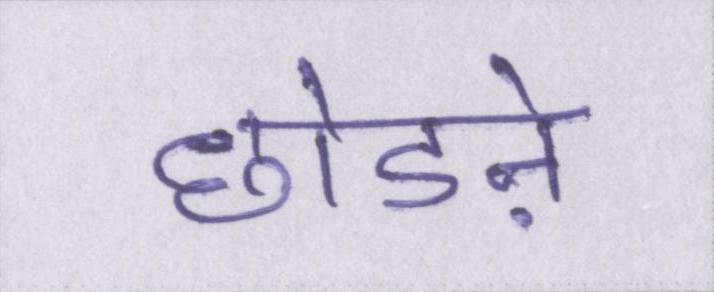
छोडऩे